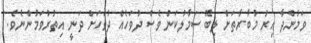
ވަމުންދާ އިރު މުބާރާތަށް ލިބޭ ސަމާލުކަން ވެސް ދުވަހެއް ދުވަހަށް ދަނީ އިތުރުވަމުންނެވެ.